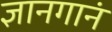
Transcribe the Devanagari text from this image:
ज्ञानगानं